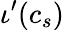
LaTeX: \iota^{\prime}(c_{s})